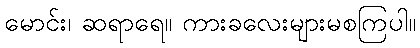
မောင်း၊ ဆရာရေ။ ကားခလေးများမစကြပါ။